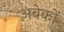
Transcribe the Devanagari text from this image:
अबेकों